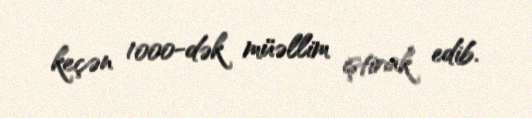
keçən 1000-dək müəllim iştirak edib.